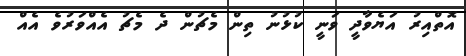
އޮތްއިރު އަޔެވާދީ ވަނީ ކުޅުނު ތިން މެޗުން ދެ މެޗު އެއްވަރުވެ އެއް